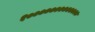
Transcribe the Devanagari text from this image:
१०००००००००००००